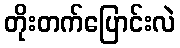
တိုးတက်ပြောင်းလဲ